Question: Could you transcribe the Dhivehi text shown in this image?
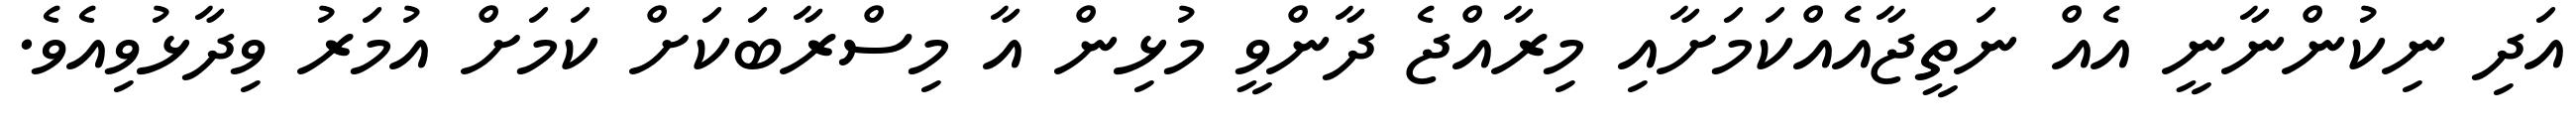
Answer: އަދި ނިކުންނާނީ އެއް ނަތީޖާއެއްކަމަށާއި މިރާއްޖެ ދާންވީ މުޅިން އާ މިސްރާބަކަށް ކަމަށް އުމަރު ވިދާޅުވިއެވެ.